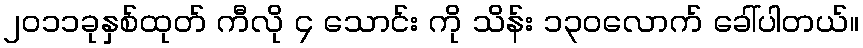
၂၀၁၁ခုနှစ်ထုတ် ကီလို ၄ သောင်း ကို သိန်း ၁၃၀လောက် ခေါ်ပါတယ်။